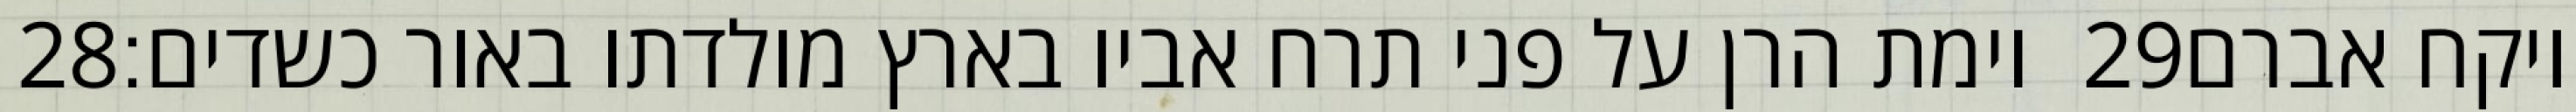
‎28‏ וימת הרן על פני תרח אביו בארץ מולדתו באור כשדים׃ ‎29‏ ויקח אברם